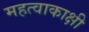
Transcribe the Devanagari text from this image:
महत्वाकाक्षी